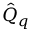
\hat { Q } _ { q }